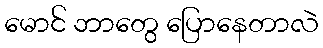
မောင် ဘာတွေ ပြောနေတာလဲ